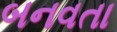
બનવતા